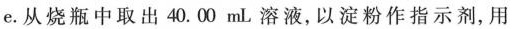
e. 从烧瓶中取出40.00mL溶液，以淀粉作指示剂，用